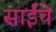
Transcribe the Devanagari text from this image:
साईंचे